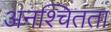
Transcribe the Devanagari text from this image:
अनश्चितता